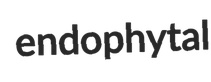
endophytal